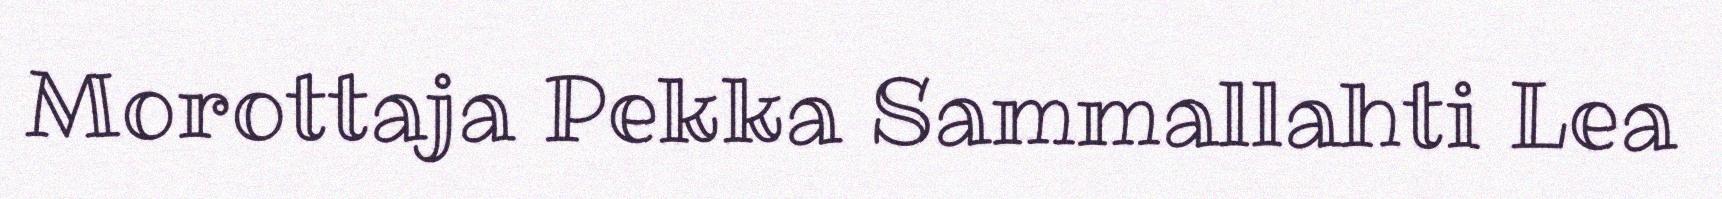
Morottaja Pekka Sammallahti Lea